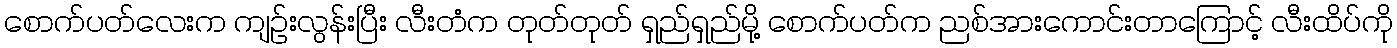
စောက်ပတ်လေးက ကျဉ်းလွန်းပြီး လီးတံက တုတ်တုတ် ရှည်ရှည်မို့ စောက်ပတ်က ညစ်အားကောင်းတာကြောင့် လီးထိပ်ကို